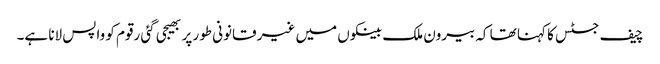
چیف جسٹس کا کہنا تھا کہ بیرون ملک بینکوں میں غیر قانونی طور پر بھیجی گئی رقوم کو واپس لانا ہے۔